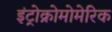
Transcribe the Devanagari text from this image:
इंट्रोक्रोमोमेरिक